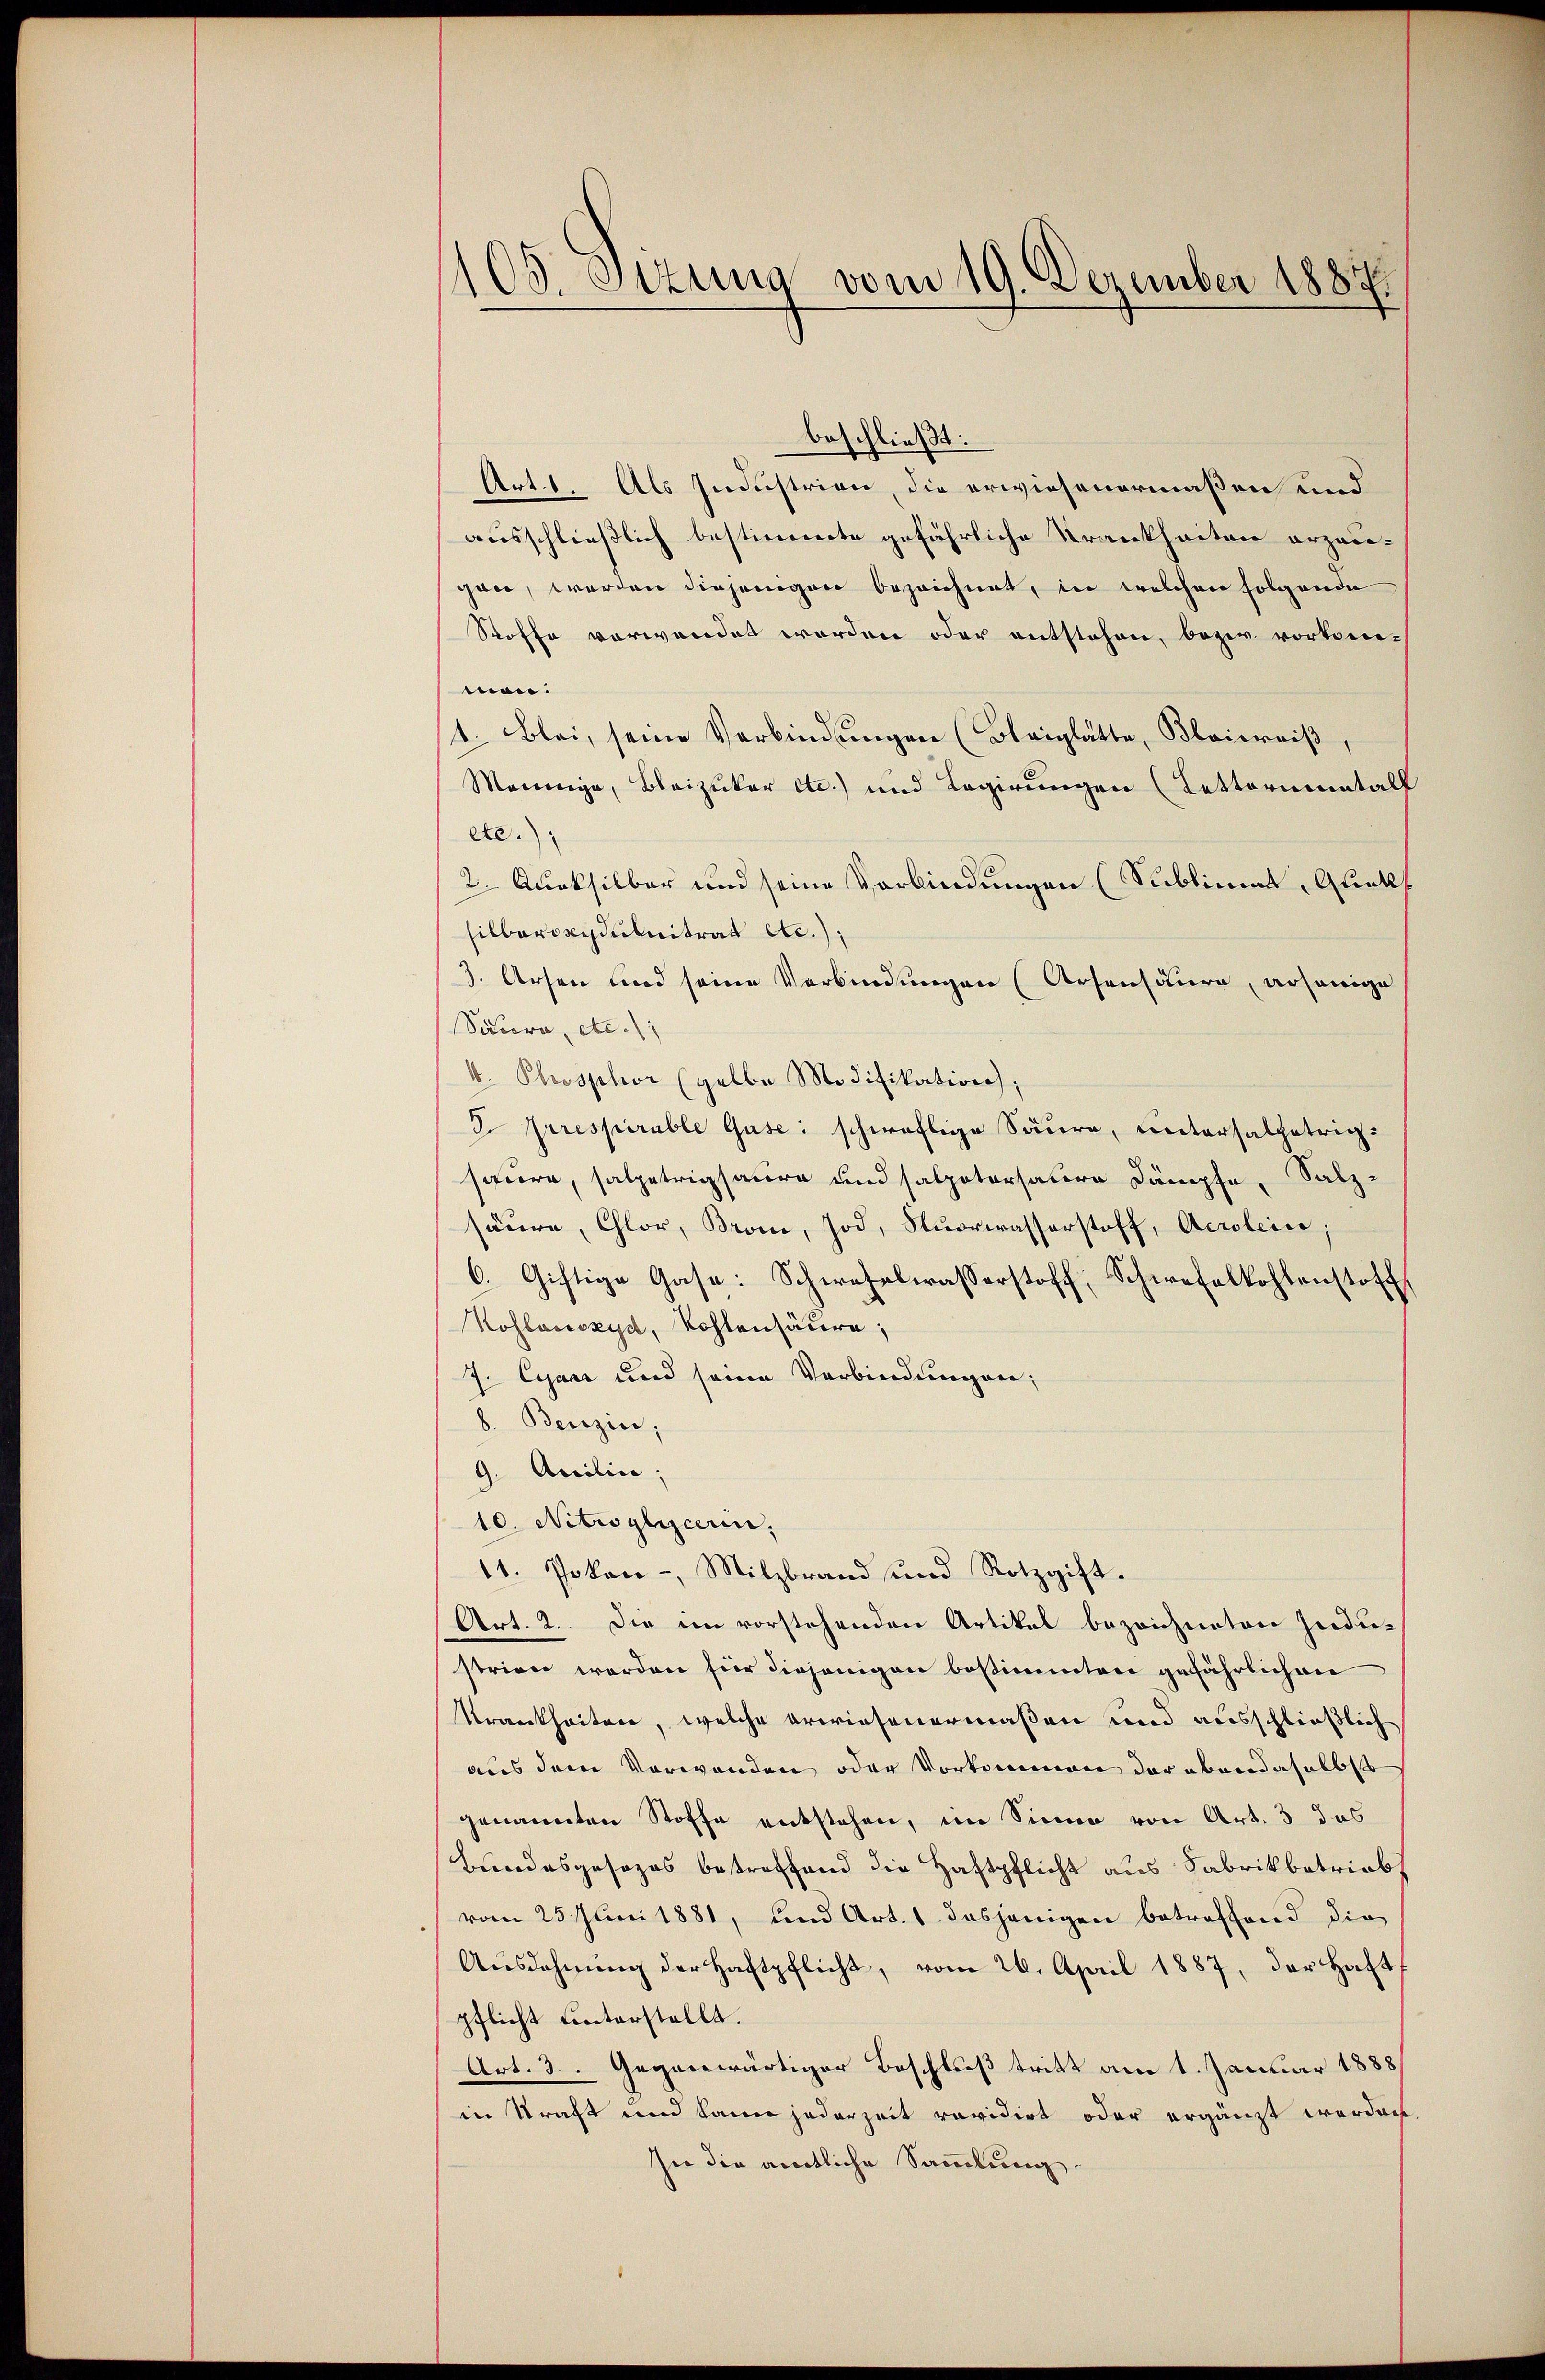
105. Sizung vom 19. Dezember 1887

beschließt:
Art. 1. Als Industrien, die erwiesenermaßen und
ausschließlich bestimmte gefährliche Krankheiten erzeigan, worden diejenigen bezeichnet, in welchen folgende
Stoffe verwendet worden oder entstehen, bezw. vorkomimon.
1. Blei, seine Verbindungen (Blaiglätte, Baierniß
Mannige, Bleizuker etc.) und Legirungen (Letterimetall
etc.)
2. Aucksilbar und seine Verbindungen (Sublimal, Quets
silberopedulnitrat etc.),
3. Arsen und seine Verbindungen (Arsensäure, ansenige
Sacra, etc.),
4. Phosphor (gelbe Modifikation,
2 Arrespirable Guse: schwäflige Säure, untersalzetrig-
saure, salpetrigsaure und salpatersatore Dämpfe, Salzsäure, Chlor, Bron, Tod. Stuorwasserstoff, Acrolein;
6. Giftige Gase: Schwefelwasserstoff, Schwefelkohlenstoff
Koslauszyd, Kohlensäure;
7. Cyani und seine Verbindungen;
8. Benzin;
9. Anilina,
10. Nitwylern,
11. Pokon-, Milzbrand und Rotzgift-
Art. 2. Die im vorstehenden Artikel bezeichneten Jndi-
strien werden für diejenigen bestimmten gefährlichen
Krankheiten, welche erwiesenermaßen und ausschließlich
aus dem Vorwanden oder Vorkommen der abendaselbst
genannten Stoffe entstehen, im Sinne von Art. 3 das
Bundesgesezes betreffend die Haftpflicht aus Fabrikbetriebs
vom 25. Juni 1881, und Art. 1 dasjenigen betroffend die
Aŭsdahnŭng der Haftpflicht, vom 26. April 1887, der Haft
pflicht unterstellt.
Art. 3. Gegenwärtiger Beschluß tritt am 1. Januar 1888
in Kraft und kann jederzeit revidirt oder ergänzt worden,
sie die amtliche Sammlung.